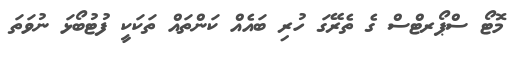
މޮޓޯ ސްޕޯރޓްސް ގެ ތެރޭގަ ހުރި ބައެއް ކަންތައް ތަކަކީ ފުޓުބޯޅަ ނުވަތަ